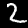
Label: 2